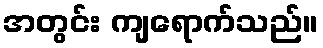
အတွင်း ကျရောက်သည်။